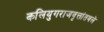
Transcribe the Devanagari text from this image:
कलियुगराजवृत्तांतवले